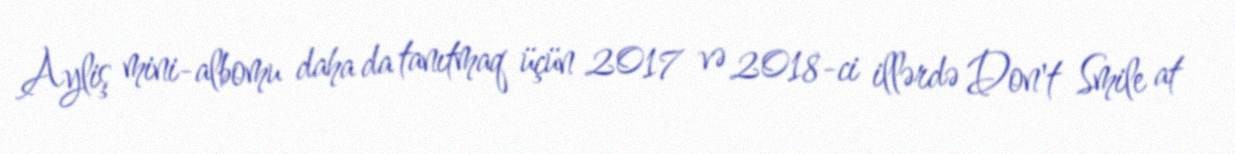
Ayliş mini-albomu daha da tanıtmaq üçün 2017 və 2018-ci illərdə Don't Smile at